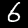
Digit: 6